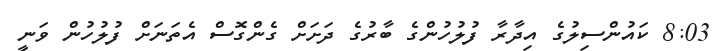
8:03 ކައުންސިލުގެ އިދާރާ ފުލުހުންގެ ބާރުގެ ދަށަށް ގެންގޮސް އެތަނަށް ފުލުހުން ވަނީ